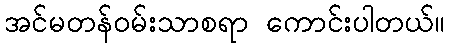
အင်မတန်ဝမ်းသာစရာ ကောင်းပါတယ်။